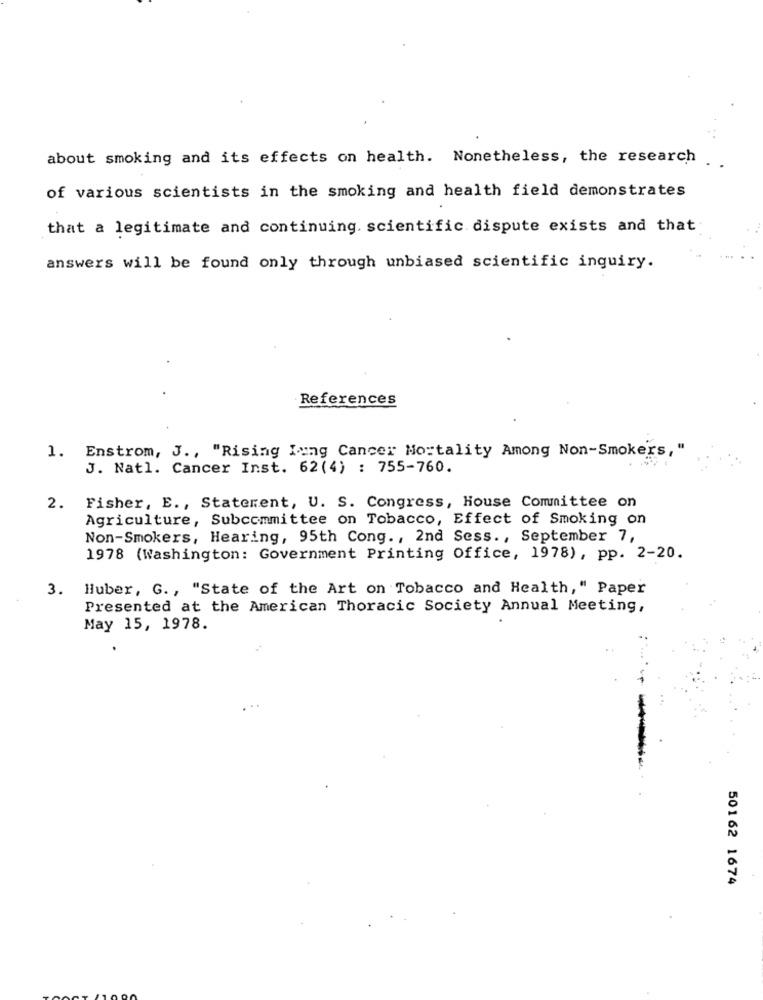
about smoking and its effects on health. Nonetheless, the research ..
of various scientists in the smoking and health field demonstrates
that a legitimate and continuing. scientific dispute exists and that
answers will be found only through unbiased scientific inquiry.
References
1. Enstrom, J ., "Rising Lung Cancer Mortality Among Non-Smokers, "
J. Natl. Cancer Inst. 62(4) : 755-760.
2. Fisher, E ., Statement, U. S. Congress, House Committee on
Agriculture, Subcommittee on Tobacco, Effect of Smoking on
Non-Smokers, Hearing, 95th Cong ., 2nd Sess ., September 7,
1978 (Washington: Government Printing Office, 1978), pp. 2-20.
3. Huber, G. , "State of the Art on Tobacco and Health," Paper
Presented at the American Thoracic Society Annual Meeting,
May 15, 1978.
50162 1674